Tezpur Lunatic Asylum reports 1877-1894 - 1877-1894
Year: 1877
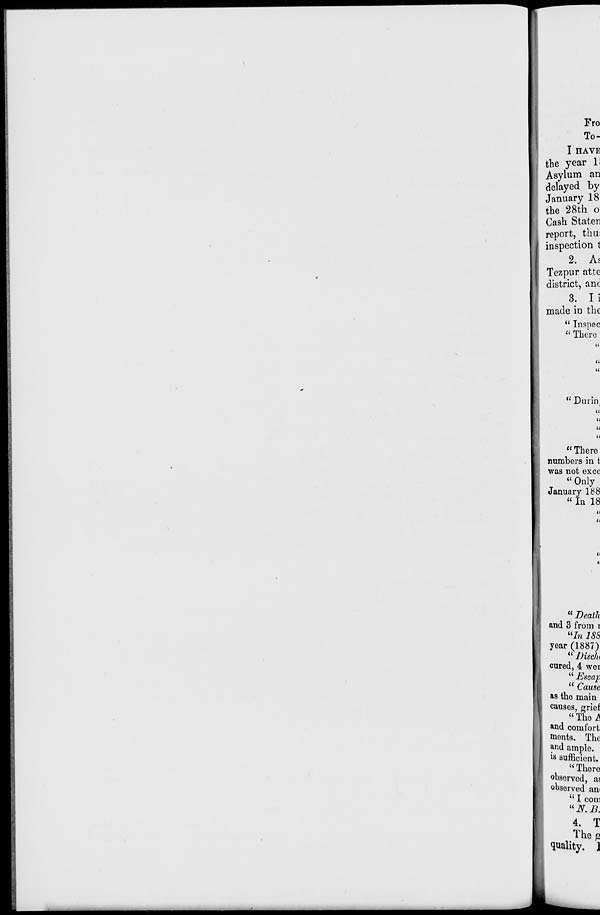
Fro
To-
I HAVE
the year l!
Asylum an
delayed by
January 18
the 28th o
Cash Staten
report, thu:
inspection 1
2. Ai
Tezpur atte
district, anc
3. Ii
made in the
" Inspec
" There
"Durin.
u
(I
11
" There
numbers in t
was not exec
" Only
January 188
" In 18
(i
(i
" Death
and 3 from I
"In 18S
year (1887)
" IHsclu
cured, 4 wei
" Escap
" Cause
as the main
causos, grief
" The A
and comfort
monts. The
and ample,
is sufficient.
" There
obsorved, ai
observed am
" I com
" N. D.
4. T
The 2
quality. ]